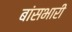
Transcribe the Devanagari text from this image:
बांसभारी